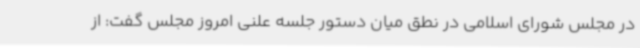
در مجلس شورای اسلامی در نطق میان دستور جلسه علنی امروز مجلس گفت: از